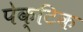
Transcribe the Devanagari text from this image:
पेक्टिक